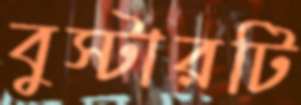
বুস্টারটি